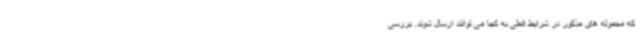
که محموله های مذکور در شرایط فعلی به کجا می توانند ارسال شوند. بررسی